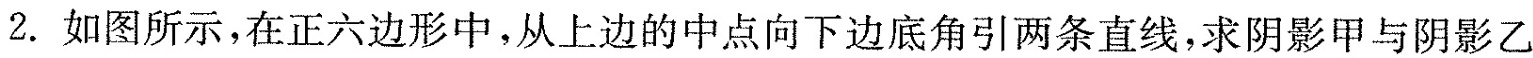
2.如图所示，在正六边形中，从上边的中点向下边底角引两条直线，求阴影甲与阴影乙